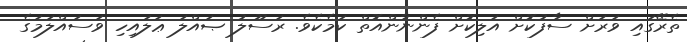
ތެރޭގައި ވަރަށް ސާފުކޮށް އަލިކޮށް ފެންނާންއޮތް ކަމެކެވެ. ރަސޫލު ޞައްލަ ޢަލައިހި ވަސައްލަމަގެ